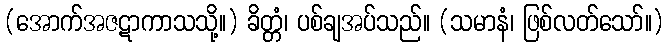
(အောက်အဇဋာကာသသို့။) ခိတ္တံ၊ ပစ်ချအပ်သည်။ (သမာနံ၊ ဖြစ်လတ်သော်။)